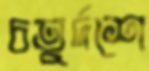
চতুর্দশে